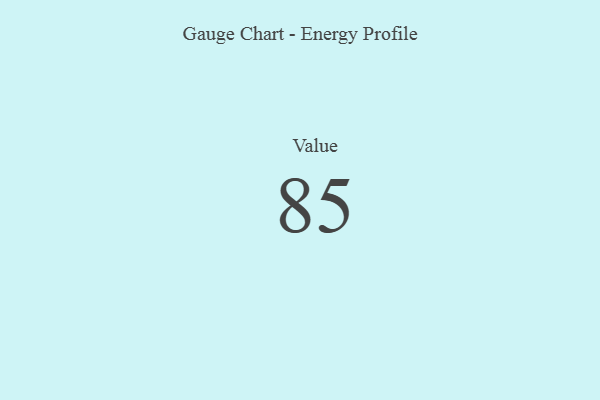
{"axis": {"x": "Metric", "y": "Value"}, "legend": [""], "data": [{"x": "Value", "y": 85, "type": ""}]}